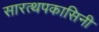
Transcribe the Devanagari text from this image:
सारत्थपकासिनी